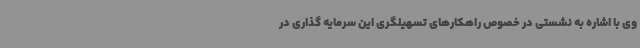
وی با اشاره به نشستی در خصوص راهکارهای تسهیلگری این سرمایه گذاری در